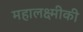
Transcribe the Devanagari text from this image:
महालक्ष्मीकी